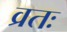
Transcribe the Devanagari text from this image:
व्रतः